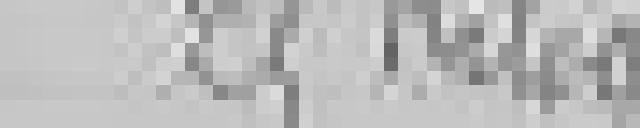
sortie : 25 kilos